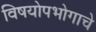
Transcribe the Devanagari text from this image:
विषयोपभोगाचे